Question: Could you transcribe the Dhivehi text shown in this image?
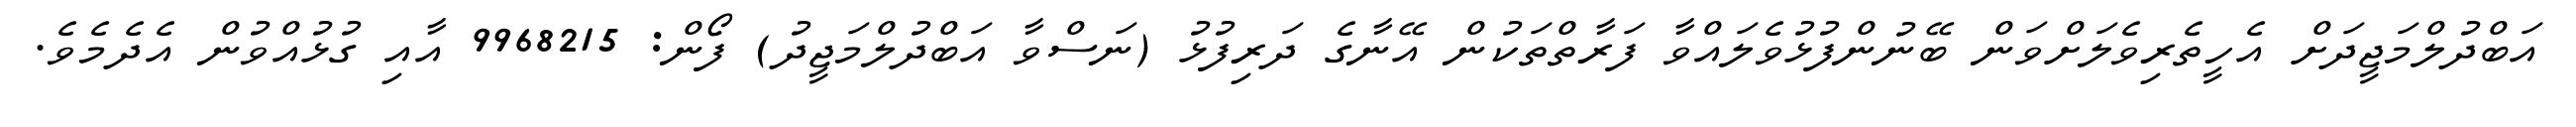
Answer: އަބްދުލްމަޖީދަށް އެހީތެރިވެލަށްވަން ބޭނުންފުޅުވެލައްވާ ފަރާތްތަކުން އޭނާގެ ދަރިފުޅު (ނަސްވާ އަބްދުލްމަޖީދު) ފޯން: 9968215 އާއި ގުޅުއްވުން އެދެމެވެ.